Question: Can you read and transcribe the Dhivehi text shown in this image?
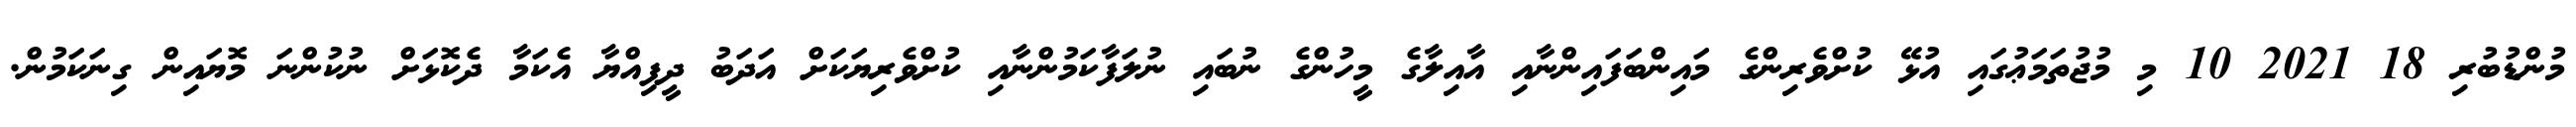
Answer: މުންޑުބުރި 18 2021 10 މި މުޖުތަމަޢުގައި އުޅޭ ކުށްވެރިންގެ މައިންބަފައިންނާއި އާއިލާގެ މީހުންގެ ނުބައި ނުލަފާކަމުންނާއި ކުށްވެރިޔަކަށް އަދަބު ދީފިއްޔާ އެކަމާ ދެކޮޅަށް ނުކުންނަ މޮޔައިން ގިނަކަމުން.